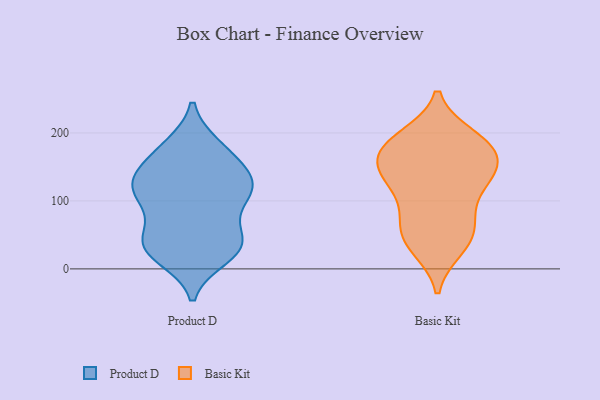
{"axis": {"x": "Population (Million)", "y": "Value"}, "legend": ["Basic Kit", "Product D"], "data": [{"x": "", "y": 39, "type": "Product D"}, {"x": "", "y": 136, "type": "Product D"}, {"x": "", "y": 113, "type": "Product D"}, {"x": "", "y": 148, "type": "Product D"}, {"x": "", "y": 118, "type": "Product D"}, {"x": "", "y": 180, "type": "Product D"}, {"x": "", "y": 179, "type": "Product D"}, {"x": "", "y": 25, "type": "Product D"}, {"x": "", "y": 30, "type": "Product D"}, {"x": "", "y": 167, "type": "Product D"}, {"x": "", "y": 46, "type": "Product D"}, {"x": "", "y": 124, "type": "Product D"}, {"x": "", "y": 18, "type": "Product D"}, {"x": "", "y": 96, "type": "Product D"}, {"x": "", "y": 38, "type": "Product D"}, {"x": "", "y": 128, "type": "Product D"}, {"x": "", "y": 117, "type": "Product D"}, {"x": "", "y": 41, "type": "Product D"}, {"x": "", "y": 91, "type": "Product D"}, {"x": "", "y": 149, "type": "Basic Kit"}, {"x": "", "y": 117, "type": "Basic Kit"}, {"x": "", "y": 66, "type": "Basic Kit"}, {"x": "", "y": 171, "type": "Basic Kit"}, {"x": "", "y": 44, "type": "Basic Kit"}, {"x": "", "y": 146, "type": "Basic Kit"}, {"x": "", "y": 31, "type": "Basic Kit"}, {"x": "", "y": 166, "type": "Basic Kit"}, {"x": "", "y": 36, "type": "Basic Kit"}, {"x": "", "y": 146, "type": "Basic Kit"}, {"x": "", "y": 194, "type": "Basic Kit"}, {"x": "", "y": 132, "type": "Basic Kit"}, {"x": "", "y": 124, "type": "Basic Kit"}, {"x": "", "y": 187, "type": "Basic Kit"}, {"x": "", "y": 82, "type": "Basic Kit"}, {"x": "", "y": 187, "type": "Basic Kit"}, {"x": "", "y": 185, "type": "Basic Kit"}, {"x": "", "y": 64, "type": "Basic Kit"}]}